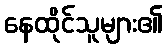
နေထိုင်သူများ၏